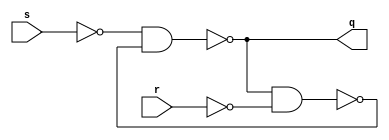
//   RS- 
//   -

module rs_latch_nand(
    input r, s,
    output reg q);

initial q = 0;

always @*
    q = ~(~s & ~(q & ~r));

endmodule